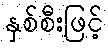
နှစ်စီးဖြင့်